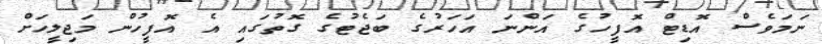
ނަމަވެސް އޮޑިޓް އޮފީހުގެ އަންނަ އަހަރުގެ ބަޖެޓުގެ ގޮތުގައި އެ އޮފީހުން މަޖިލީހަށް